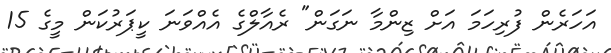
އަހަރެން ފުރިހަަމަ އަށް ޒިންމާ ނަގަން" ރެއާލްގެ އެއްވަނަ ކީޕަރުކަން މީގެ 15